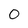
Character: 0